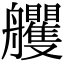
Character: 𦫇